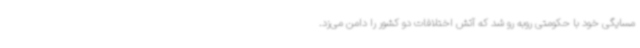
مسایگی خود با حکومتی روبه رو شد که آتش اختلافات دو کشور را دامن می‌زد.